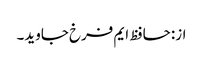
از: حافظ ایم فرخ جاوید۔